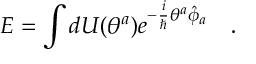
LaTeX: { \cal E } = \int d U ( \theta ^ { a } ) e ^ { - \frac { i } { \hbar } \theta ^ { a } \hat { \phi } _ { a } } \ \ \ .